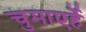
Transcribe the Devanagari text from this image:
चुमाएर्हे